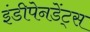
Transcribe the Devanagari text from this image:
इंडीपेनडेंट्स